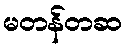
မတန်တဆ